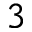
3